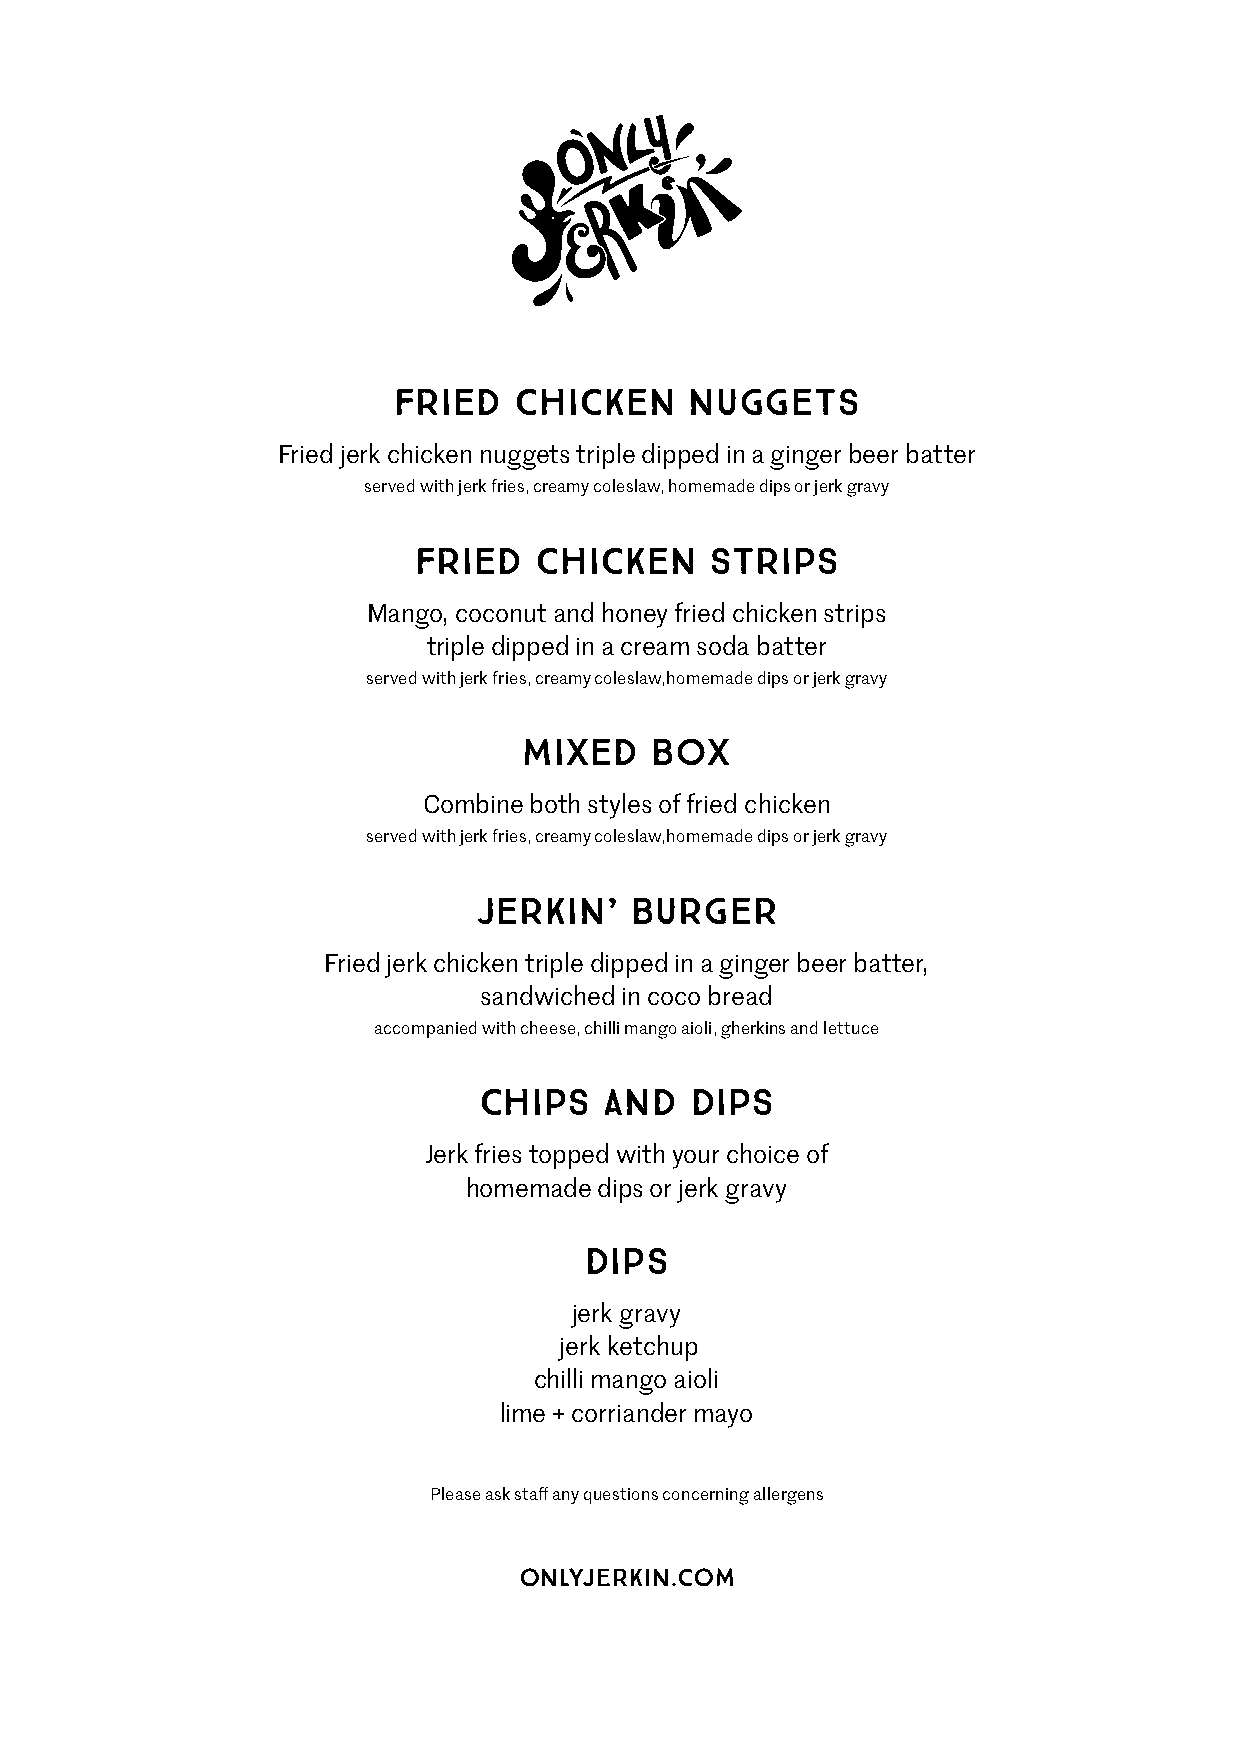
FRIED   CHICKEN     NUGGETS
 Fried jerk chicken nuggets triple dipped in a ginger beer batter
 served with jerk fries, creamy coleslaw, homemade dips or jerk gravy
 FRIED   CHICKEN     STRIPS
 Mango, coconut and honey fried chicken strips
 triple dipped in a cream soda batter
 served with jerk fries, creamy coleslaw,homemade dips or jerk gravy
 MIXED   BOX
 Combine both styles of fried chicken
 served with jerk fries, creamy coleslaw,homemade dips or jerk gravy
 JERKIN’    BURGER
 Fried jerk chicken triple dipped in a ginger beer batter,
 sandwiched in coco bread
 accompanied with cheese, chilli mango aioli, gherkins and lettuce
 CHIPS   AND   DIPS
 Jerk fries topped with your choice of
 homemade dips or jerk gravy
 DIPS
 jerk gravy
 jerk ketchup
 chilli mango aioli
 lime + corriander mayo
 Please ask staff any questions concerning allergens
 onlyjerkin.com